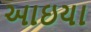
આઇયા